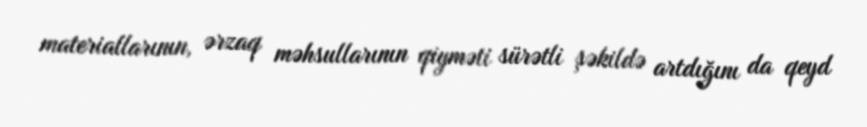
materiallarının, ərzaq məhsullarının qiyməti sürətli şəkildə artdığını da qeyd